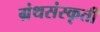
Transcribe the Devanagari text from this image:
ग्रंथसंस्कृती